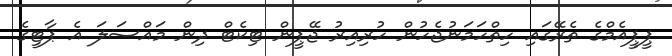
ޕީޕީއެމްގެ ތެރޭގައި ހިތްހަމަނުޖެހުން ހުރިއިރު ޖޭޕީން ޓިކެޓް ދިން މައްސަލަ އެ ޕާޓީގެ